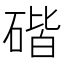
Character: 䃈